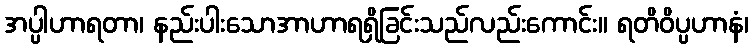
အပ္ပါဟာရတာ၊ နည်းပါးသောအာဟာရရှိခြင်းသည်လည်းကောင်း။ ရတိဝိပ္ပဟာနံ၊